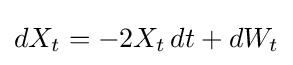
dX_{t}=-2X_{t}\,dt+dW_{t}